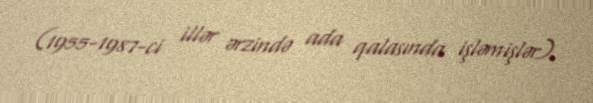
(1955-1987-ci illər ərzində ada qalasında işləmişlər).